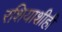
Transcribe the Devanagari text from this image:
रशियाशीही